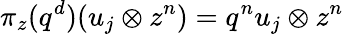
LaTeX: \pi_{z}(q^{d})(u_{j}\otimes z^{n})=q^{n}u_{j}\otimes z^{n}